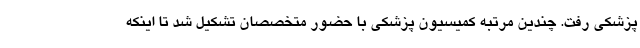
پزشکی رفت. چندین مرتبه کمیسیون پزشکی با حضور متخصصان تشکیل شد تا اینکه